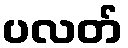
ပလတ်